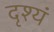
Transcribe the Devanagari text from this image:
दृश्यं